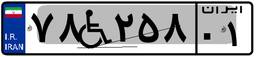
۷۸W۲۵۸۰۱